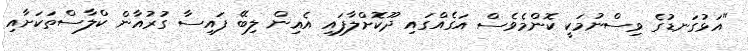
"އަޅުގަނޑުގެ ވިސްނުމަކީ ކޮންމެވެސް އަގެއްގައި ދޫކޮށްލާފައި އެއިން ލިބޭ ފައިސާ ގުރުއާން ކްލާސްތަކަށާއި